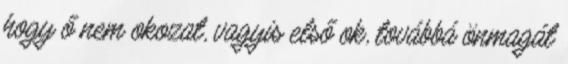
hogy ő nem okozat, vagyis első ok, továbbá önmagát